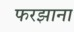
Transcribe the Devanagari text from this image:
फरझाना